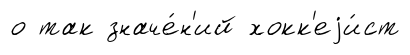
о так значе́н'ий хокк'еjи́ст